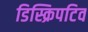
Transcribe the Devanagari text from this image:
डिस्क्रिपटिव